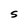
Character: S